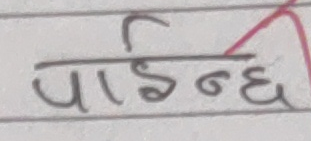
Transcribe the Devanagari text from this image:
पाईन्छ